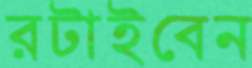
রটাইবেন